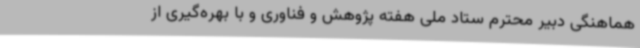
هماهنگی دبیر محترم ستاد ملی هفته پژوهش و فناوری و با بهره‌گیری از